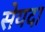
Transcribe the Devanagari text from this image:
सेयदा